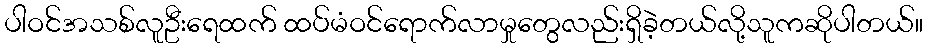
ပါဝင်အသစ်လူဦးရေထက် ထပ်မံဝင်ရောက်လာမှုတွေလည်းရှိခဲ့တယ်လို့သူကဆိုပါတယ်။